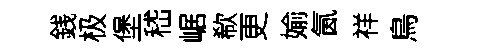
銭极堡嵇崌欷更媮氤祥鳥